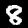
Digit: 8